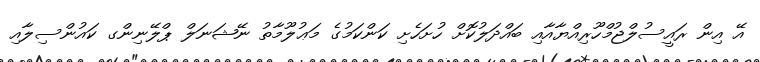
އޭ އިން ރައީސުލްޖުމްހޫރިއްޔާއާއި ބައްދަލުކޮށް ހުށަހެށި ކަންކަމުގެ މަޢުލޫމާތު ނޭޝަނަލް ޕްލޭނިންގ ކައުންސިލާއި